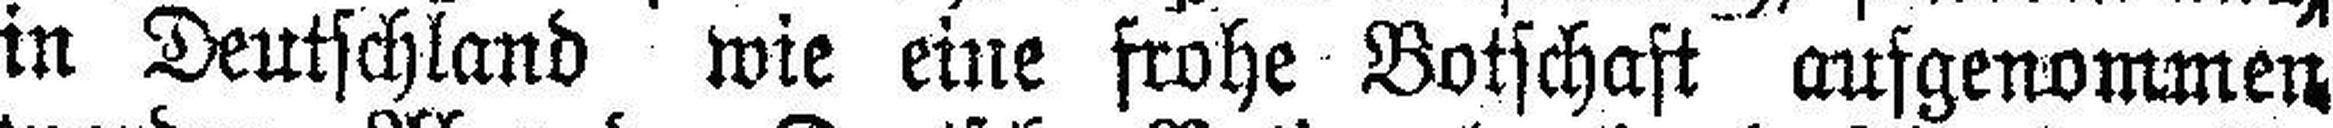
in Deutschland wie eine frohe Botschaft ausgenommen